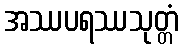
အဿပရဿသုတ္တံ